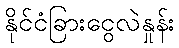
နိုင်ငံခြားငွေလဲနှုန်း